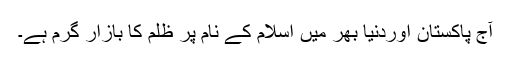
آج پاکستان اوردنیا بھر میں اسلام کے نام پر ظلم کا بازار گرم ہے۔